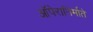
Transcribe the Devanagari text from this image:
ऑपेरानिर्माते